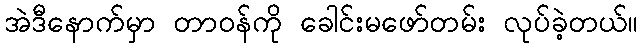
အဲဒီနောက်မှာ တာဝန်ကို ခေါင်းမဖော်တမ်း လုပ်ခဲ့တယ်။